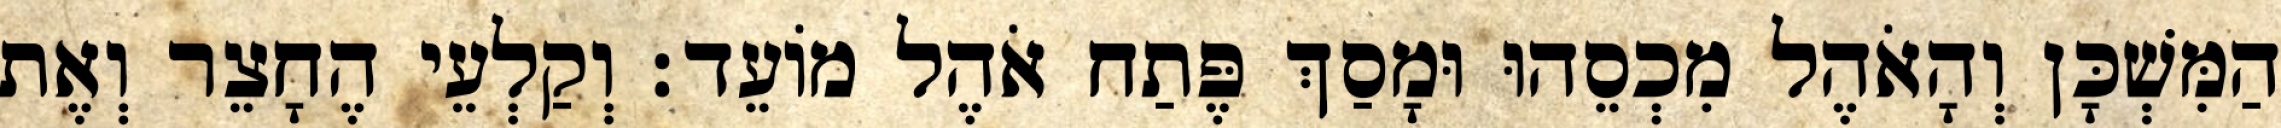
הַמִּשְׁכָּן וְהָאֹהֶל מִכְסֵהוּ וּמָסַךְ פֶּתַח אֹהֶל מוֹעֵד׃ וְקַלְעֵי הֶחָצֵר וְאֶת